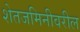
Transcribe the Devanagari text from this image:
शेतजमिनीवरील